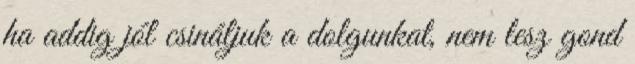
ha addig jól csináljuk a dolgunkat, nem lesz gond